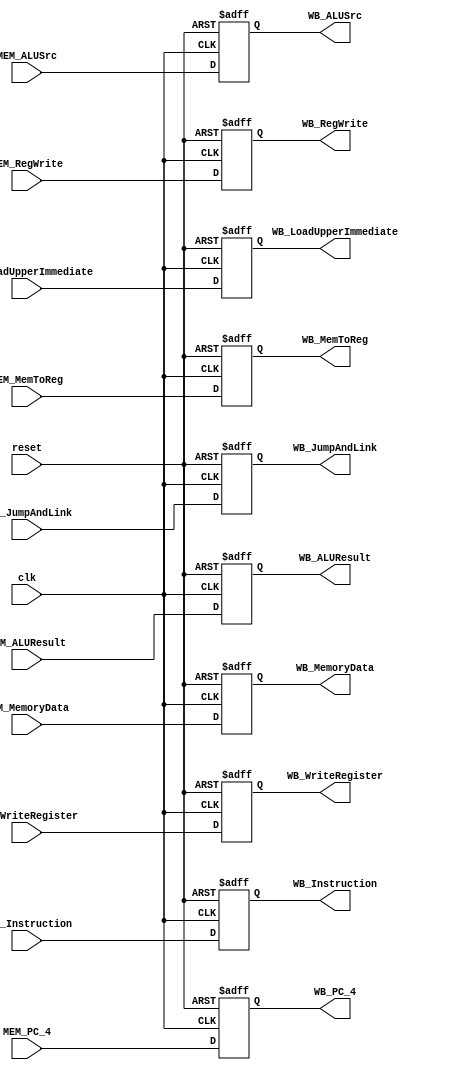
module MEM_WB_Register 
(
    input clk,
    input reset,
	 input MEM_MemToReg,
	 input [31:0] MEM_MemoryData,
	 input [4:0] MEM_WriteRegister,
	 input [31:0] MEM_ALUResult,
    input MEM_RegWrite,
    input MEM_JumpAndLink,
    input MEM_LoadUpperImmediate,
    input [31:0] MEM_Instruction,
    input [31:0] MEM_PC_4,
	 input MEM_ALUSrc,
	 output WB_MemToReg,
	 output [31:0] WB_MemoryData,
	 output [4:0] WB_WriteRegister,
	 output [31:0] WB_ALUResult,
    output WB_RegWrite,
    output WB_JumpAndLink,
    output WB_LoadUpperImmediate,
    output [31:0] WB_Instruction,
    output [31:0] WB_PC_4,
	 output WB_ALUSrc
);

reg MemToReg;
reg [31:0] MemoryData;
reg [4:0] WriteRegister;
reg [31:0] ALUResult;
reg RegWrite;
reg JumpAndLink;
reg LoadUpperImmediate;
reg [31:0] Instruction;
reg [31:0] PC_4;
reg ALUSrc;

assign WB_MemToReg = MemToReg;
assign WB_MemoryData = MemoryData;
assign WB_WriteRegister = WriteRegister;
assign WB_ALUResult = ALUResult;
assign WB_RegWrite = RegWrite;
assign WB_JumpAndLink = JumpAndLink;
assign WB_LoadUpperImmediate = LoadUpperImmediate;
assign WB_Instruction = Instruction;
assign WB_ALUSrc = ALUSrc;
assign WB_PC_4 = PC_4;

always @(negedge reset or posedge clk) begin
    if (!reset)
	   begin
		  MemToReg <= 1'b0;
		  MemoryData <= 32'b0;
        WriteRegister <= 5'b0;
        ALUResult <= 32'b0;
        RegWrite <= 1'b0;
        JumpAndLink <= 1'b0;
        LoadUpperImmediate <= 1'b0;
        Instruction <= 32'b0;
        PC_4 = 32'b0;
		  ALUSrc = 1'b0;
      end
	 else
	   begin
		  MemToReg <= MEM_MemToReg;
		  MemoryData <= MEM_MemoryData;
        WriteRegister <= MEM_WriteRegister;
        ALUResult <= MEM_ALUResult;
        RegWrite <= MEM_RegWrite;
        JumpAndLink <= MEM_JumpAndLink;
        LoadUpperImmediate <= MEM_LoadUpperImmediate;
        Instruction <= MEM_Instruction;
        PC_4 <= MEM_PC_4;
		  ALUSrc <= MEM_ALUSrc;
		end
end

endmodule